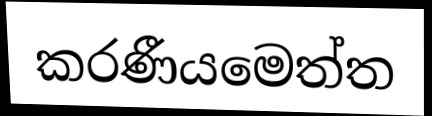
කරණීයමෙත්ත